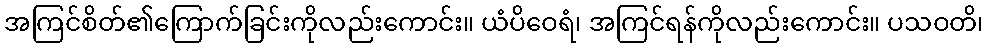
အကြင်စိတ်၏ကြောက်ခြင်းကိုလည်းကောင်း။ ယံပိဝေရံ၊ အကြင်ရန်ကိုလည်းကောင်း။ ပသဝတိ၊